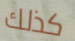
كذلك